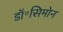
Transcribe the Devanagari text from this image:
डॉ॰सिमोन